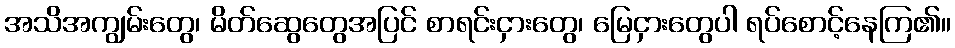
အသိအကျွမ်းတွေ၊ မိတ်ဆွေတွေအပြင် စာရင်းငှားတွေ၊ မြေငှားတွေပါ ရပ်စောင့်နေကြ၏။